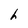
Character: h